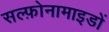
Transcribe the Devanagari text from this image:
सल्फ़ोनामाइडों